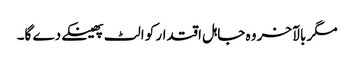
مگر بالآخر وہ جاہل اقتدار کو الٹ پھینکےدے گا۔